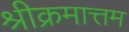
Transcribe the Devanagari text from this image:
श्रीक्रमात्तम